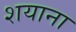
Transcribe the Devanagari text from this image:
शयाना